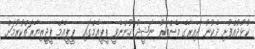
ކުޅުދުއްފުށި ދެކުނު ދާއިރާގެ މެންބަރު ނަޝީދު ހުންނެވީ ޕީޕީއެމްގައި  ޕީޕީއެމް ޕީޖީޒިޔާރަތްކުރުމަށް